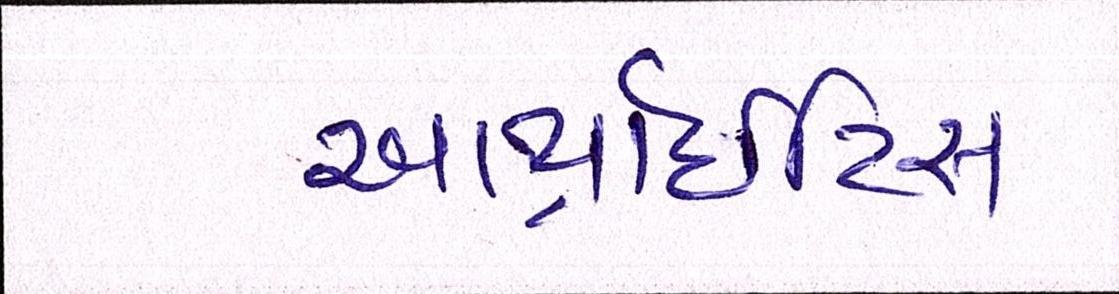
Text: આર્થ્રાઈટિસ